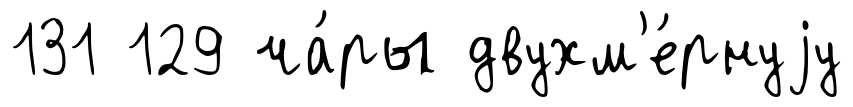
131 129 ча́ры двухм'е́рнуjу